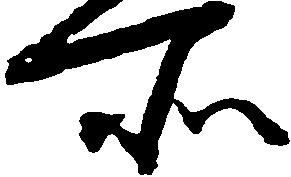
所